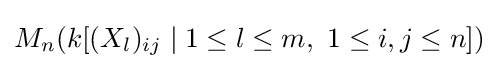
M_{n}(k[(X_{l})_{ij}\mid 1\leq l\leq m,\ 1\leq i,j\leq n])